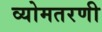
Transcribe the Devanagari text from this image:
व्योमतरणी